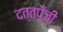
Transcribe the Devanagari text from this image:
दत्तपूँजी